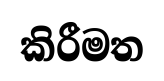
කිරීමත